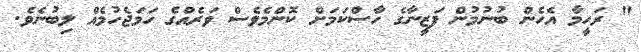
" ރަހީމާ އެހެން ބުނުމުން ފަޒީނާގެ ހާސްކަމަށް ކޮންމެވެސް ވަރެއްގެ ހަމަޖެހުމެއް ލިބުނެވެ.